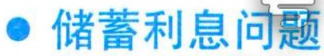
\textbullet\ 储蓄利息问题